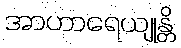
အာဟာရေယျုန္တိ